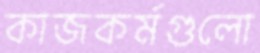
কাজকর্মগুলো